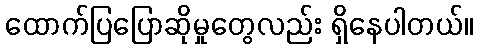
ထောက်ပြပြောဆိုမှုတွေလည်း ရှိနေပါတယ်။